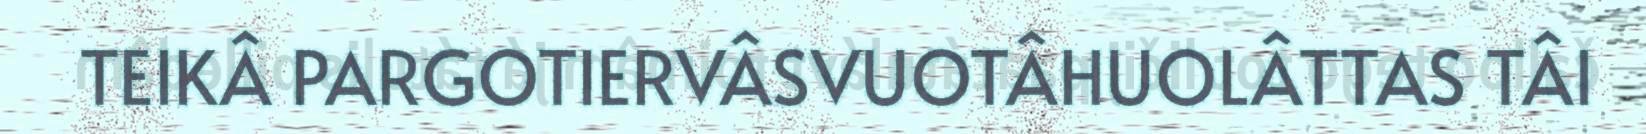
TEIKÂ PARGOTIERVÂSVUOTÂHUOLÂTTAS TÂI